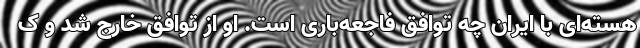
هسته‌ای با ایران چه توافق فاجعه‌باری است. او از توافق خارج شد و ک